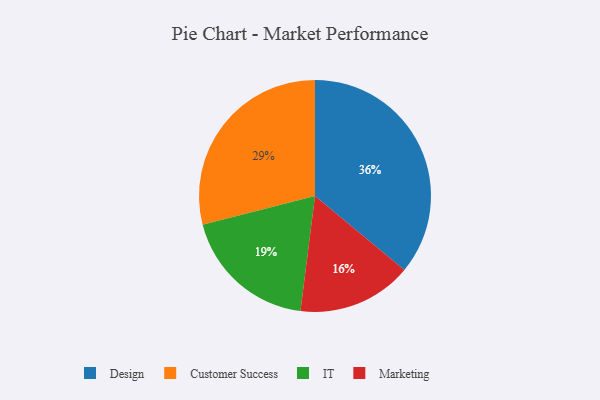
{"axis": {"x": "Category", "y": "Percentage"}, "legend": ["Customer Success", "Design", "IT", "Marketing"], "data": [{"x": "IT", "y": 19, "type": "IT"}, {"x": "Marketing", "y": 16, "type": "Marketing"}, {"x": "Design", "y": 36, "type": "Design"}, {"x": "Customer Success", "y": 29, "type": "Customer Success"}]}